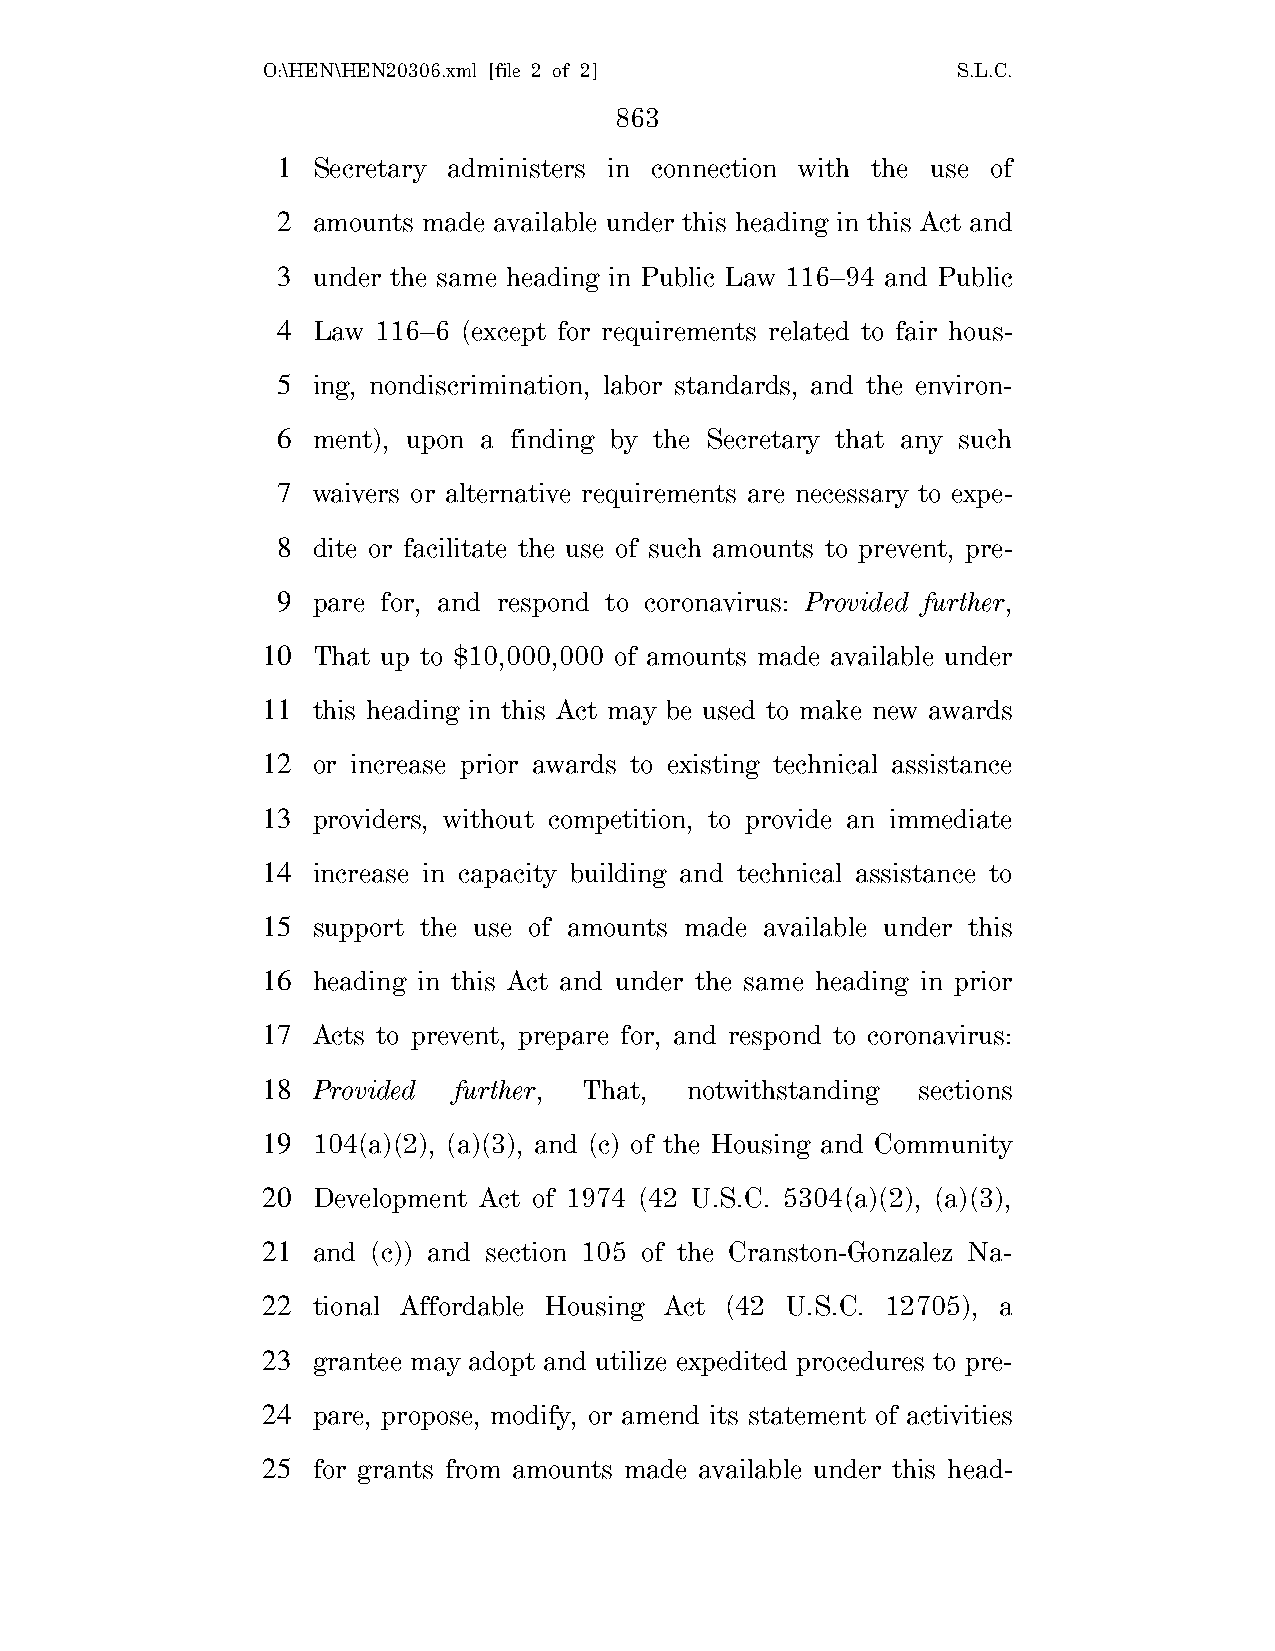
O:\HEN\HEN20306.xml [file 2 of 2]             S.L.C.
 863
 1  Secretary administers in connection with the use of
 2  amounts made available under this heading in this Act and
 3  under the same heading in Public Law 116–94 and Public
 4  Law 116–6 (except for requirements related to fair hous-
 5  ing, nondiscrimination, labor standards, and the environ-
 6  ment), upon a finding by the Secretary that any such
 7  waivers or alternative requirements are necessary to expe-
 8  dite or facilitate the use of such amounts to prevent, pre-
 9  pare for, and respond to coronavirus: Provided further,
 10  That up to $10,000,000 of amounts made available under
 11  this heading in this Act may be used to make new awards
 12  or increase prior awards to existing technical assistance
 13  providers, without competition, to provide an immediate
 14  increase in capacity building and technical assistance to
 15  support the use of amounts made available under this
 16  heading in this Act and under the same heading in prior
 17  Acts to prevent, prepare for, and respond to coronavirus:
 18  Provided further, That, notwithstanding sections
 19  104(a)(2), (a)(3), and (c) of the Housing and Community
 20  Development Act of 1974 (42 U.S.C. 5304(a)(2), (a)(3),
 21  and (c)) and section 105 of the Cranston-Gonzalez Na-
 22  tional Affordable Housing Act (42 U.S.C. 12705), a
 23  grantee may adopt and utilize expedited procedures to pre-
 24  pare, propose, modify, or amend its statement of activities
 25  for grants from amounts made available under this head-